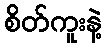
စိတ်ကူးနဲ့